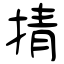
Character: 掅